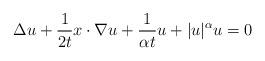
LaTeX: \begin{align*} \Delta u + \frac {1} {2t} x\cdot \nabla u + \frac {1} {\alpha t} u + |u|^\alpha u=0\end{align*}